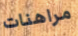
مراهنات